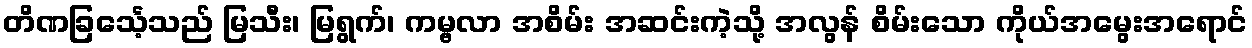
တိဏခြင်္သေ့သည် မြသီး၊ မြရွက်၊ ကမ္ဗလာ အစိမ်း အဆင်းကဲ့သို့ အလွန် စိမ်းသော ကိုယ်အမွေးအရောင်